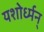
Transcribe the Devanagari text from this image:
यशोर्ध्मन्